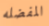
المفضله